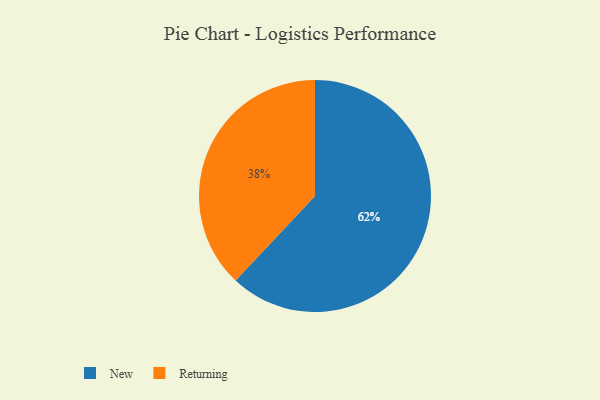
{"axis": {"x": "Category", "y": "Percentage"}, "legend": ["New", "Returning"], "data": [{"x": "New", "y": 62, "type": "New"}, {"x": "Returning", "y": 38, "type": "Returning"}]}